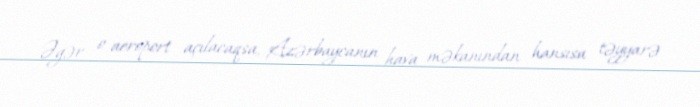
Əgər o aeroport açılacaqsa, Azərbaycanın hava məkanından hansısa təyyarə